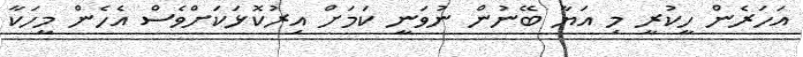
އަހަރެން ހީކުރީ މި އަޔާ ބޭނުން ނުވަނީ ކަމަށް އިރުކޮޅަކަށްވެސް އެހެން މީހަކާ